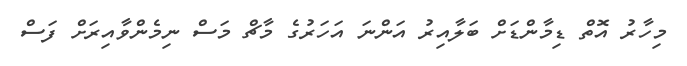
މިހާރު އޮތް ޑިމާންޑަށް ބަލާއިރު އަންނަ އަހަރުގެ މާޗް މަސް ނިމެންވާއިރަށް ފަސް